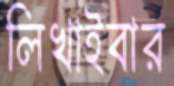
লিখাইবার